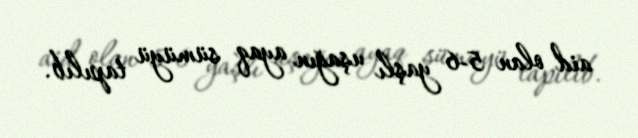
aid olan 5-6 yaşlı uşağın ayaq sümüyü tapılıb.